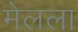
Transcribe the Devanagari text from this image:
मेलला